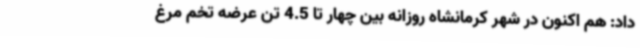
داد: هم اکنون در شهر کرمانشاه روزانه بین چهار تا 4.5 تن عرضه تخم مرغ